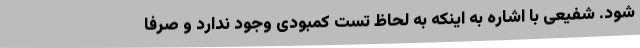
شود. شفیعی با اشاره به اینکه به لحاظ تست کمبودی وجود ندارد و صرفا